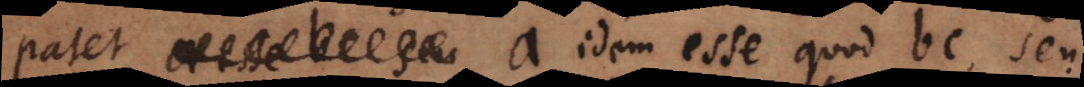
patet a idem esse quod bc, seu